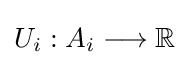
U_{i}:A_{i}\longrightarrow \mathbb {R}